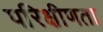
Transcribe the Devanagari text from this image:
परिक्षीणता